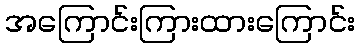
အကြောင်းကြားထားကြောင်း